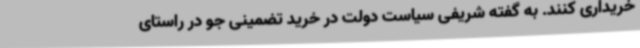
خریداری کنند. به گفته شریفی سیاست دولت در خرید تضمینی جو در راستای